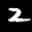
Label: 2